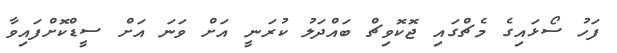
ފަހު ސޯޅައިގެ މެޗްގައި ޖޮކޮވިޗް ބައްދަލު ކުރަނީ އަށް ވަނަ އަށް ސީޑްކޮށްފައިވާ